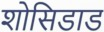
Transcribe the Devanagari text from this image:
शोसिडाड